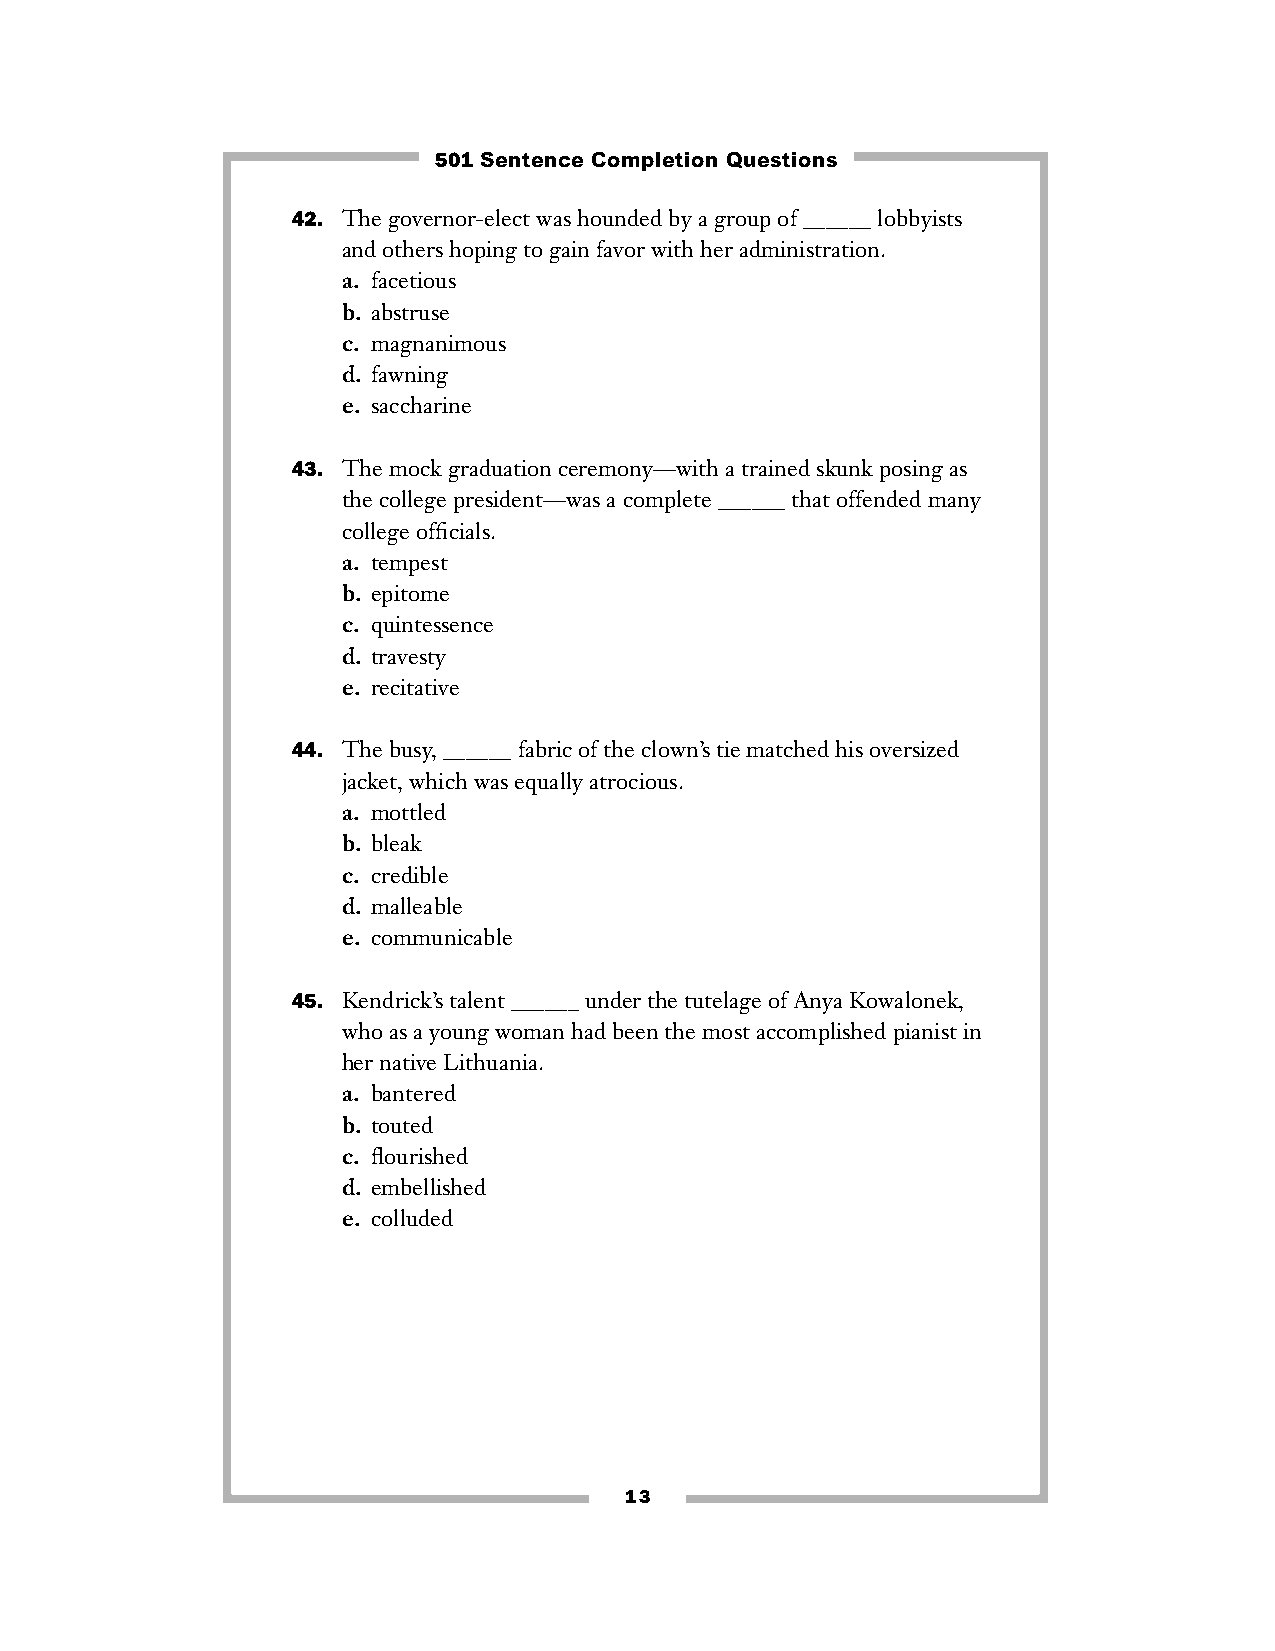
501 Sentence Completion Questions
 42. The governor-elect was hounded by a group of ______ lobbyists
 and others hoping to gain favor with her administration.
 a. facetious
 b. abstruse
 c. magnanimous
 d. fawning
 e. saccharine
 43. The mock graduation ceremony—with a trained skunk posing as
 the college president—was a complete ______ that offended many
 college officials.
 a. tempest
 b. epitome
 c. quintessence
 d. travesty
 e. recitative
 44. The busy, ______ fabric of the clown’s tie matched his oversized
 jacket, which was equally atrocious.
 a. mottled
 b. bleak
 c. credible
 d. malleable
 e. communicable
 45. Kendrick’s talent ______ under the tutelage of Anya Kowalonek,
 who as a young woman had been the most accomplished pianist in
 her native Lithuania.
 a. bantered
 b. touted
 c. flourished
 d. embellished
 e. colluded
 13